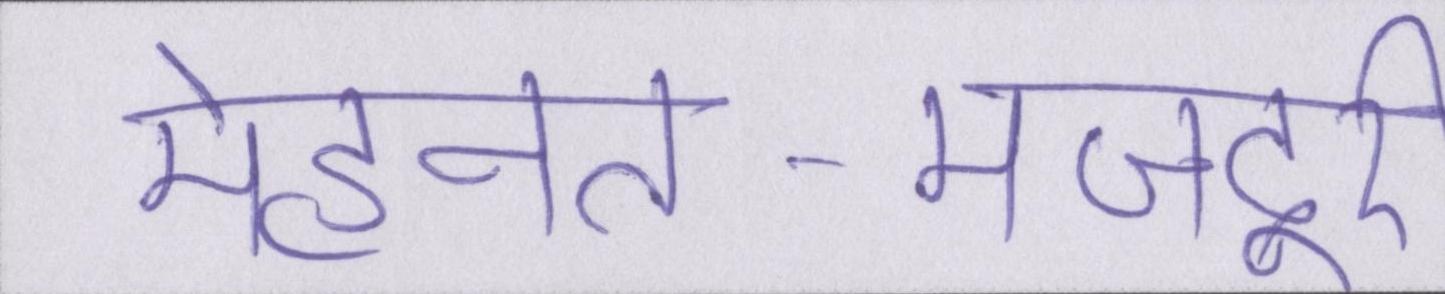
मेहनत-मजदूरी